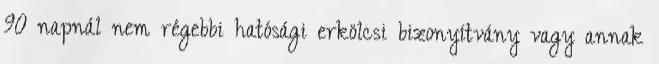
90 napnál nem régebbi hatósági erkölcsi bizonyítvány vagy annak